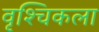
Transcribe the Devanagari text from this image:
वृश्‍चिकला